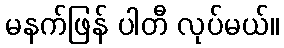
မနက်ဖြန် ပါတီ လုပ်မယ်။